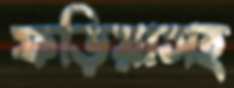
ফড়িয়াসহ